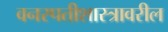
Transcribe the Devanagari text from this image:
वनस्पतीशास्त्रावरील